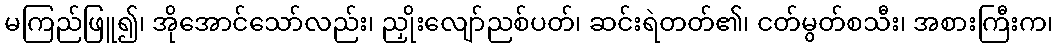
မကြည်ဖြူ၍၊ အိုအောင်သော်လည်း၊ ညှိုးလျော်ညစ်ပတ်၊ ဆင်းရဲတတ်၏၊ ငတ်မွတ်စသီး၊ အစားကြီးက၊